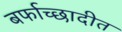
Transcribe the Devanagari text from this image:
बर्फाच्छादीत